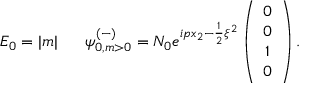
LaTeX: E _ { 0 } = | m | \; \; \; \; \; \; { \psi } _ { 0 , m > 0 } ^ { ( - ) } = N _ { 0 } e ^ { i p x _ { 2 } - \frac { 1 } { 2 } \xi ^ { 2 } } \left( \begin{array} { c } { { 0 } } \\ { { 0 } } \\ { { 1 } } \\ { { 0 } } \end{array} \right) .